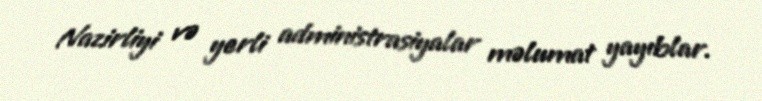
Nazirliyi və yerli administrasiyalar məlumat yayıblar.